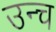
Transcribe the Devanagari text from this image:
उन्च